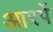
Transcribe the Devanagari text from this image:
आरपें